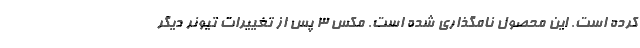
کرده است. این محصول نامگذاری شده است. مکس 3 پس از تغییرات تیونر دیگر